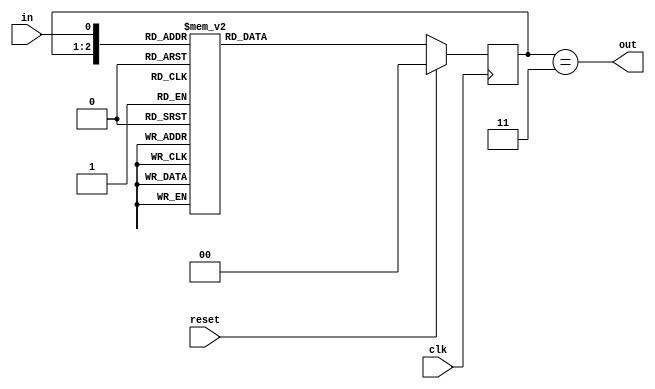
module top_module(
    input clk,
    input in,
    input reset,
    output out); //
    parameter A = 0, B = 1, C = 2, D = 3;
    
    reg[1:0] state,next_state;
    
    always@(posedge clk)begin
        if(reset)
            state <= A;
        else
            state <= next_state;
    end
    
    always@(*)begin
        case({state,in})
            {A, 1'b0} : next_state = A;
            {A, 1'b1} : next_state = B;
            {B, 1'b0} : next_state = C;
            {B, 1'b1} : next_state = B;
            {C, 1'b0} : next_state = A;
            {C, 1'b1} : next_state = D;
            {D, 1'b0} : next_state = C;
            {D, 1'b1} : next_state = B;
        endcase
    end
		
    assign out = state == D;
    
endmodule